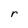
Character: r